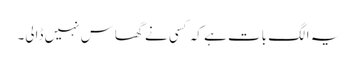
یہ الگ بات ہے کہ کسی نے گھاس نہیں ڈالی۔